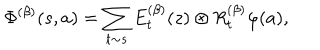
\Phi ^ { ( \beta ) } ( s , a ) = \sum _ { t \sim s } E _ { t } ^ { ( \beta ) } ( z ) \otimes R _ { t } ^ { ( \beta ) } \varphi ( a ) ,